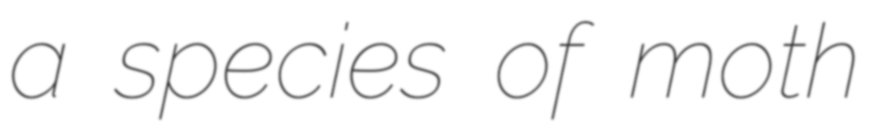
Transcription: a species of moth